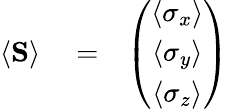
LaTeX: \begin{array}{rlr}{\langle{\mathbf S}\rangle}&{{}=}&{\left(\begin{array}{c}{\langle{\mathbf\sigma_{x}}\rangle}\\ {\langle{\mathbf\sigma_{y}}\rangle}\\ {\langle{\mathbf\sigma_{z}}\rangle}\end{array}\right)}\end{array}